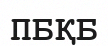
ПБҚБ